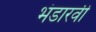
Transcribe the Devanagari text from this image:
भंडारवी